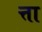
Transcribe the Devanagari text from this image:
त्ता